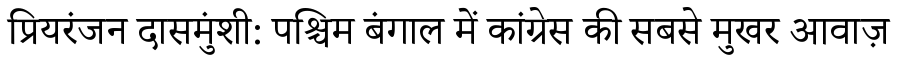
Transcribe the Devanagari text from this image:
प्रियरंजन दासमुंशी: पश्चिम बंगाल में कांग्रेस की सबसे मुखर आवाज़